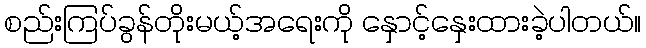
စည်းကြပ်ခွန်တိုးမယ့်အရေးကို နှောင့်နှေးထားခဲ့ပါတယ်။